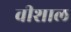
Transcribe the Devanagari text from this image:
वीशाल